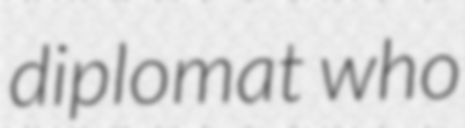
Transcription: diplomat who